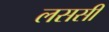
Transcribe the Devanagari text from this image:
लससी